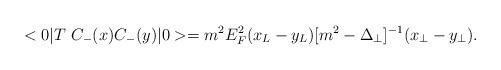
LaTeX: \begin{align*}<0| T\ C_{-}(x) C_{-}(y) | 0> = m^2 E_F^2(x_L - y_L)[m^2 - \Delta_\perp]^{-1}(x_\perp-y_\perp).\end{align*}